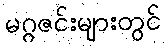
မဂ္ဂဇင်းများတွင်